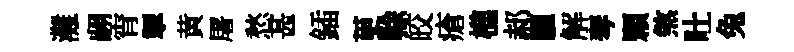
灘翮宵掣黄屠愁甚鍤茰𠏉皎瘡樵郝臞解琴顆煞吐兔